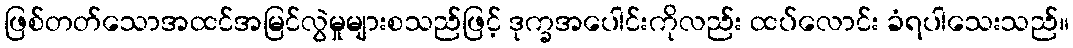
ဖြစ်တတ်သောအထင်အမြင်လွဲမှုများစသည်ဖြင့် ဒုက္ခအပေါင်းကိုလည်း ထပ်လောင်း ခံရပါသေးသည်။